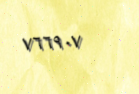
٧٦٦٩٠٧